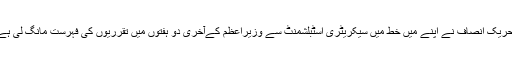
تحریک انصاف نے اپنے میں خط میں سیکریٹری اسٹبلشمنٹ سے وزیراعظم کےآخری دو ہفتوں میں تقرریوں کی فہرست مانگ لی ہے۔